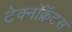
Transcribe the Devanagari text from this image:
टेक्नॉक्रॅटस